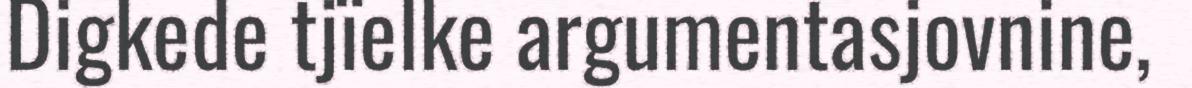
Digkede tjïelke argumentasjovnine,